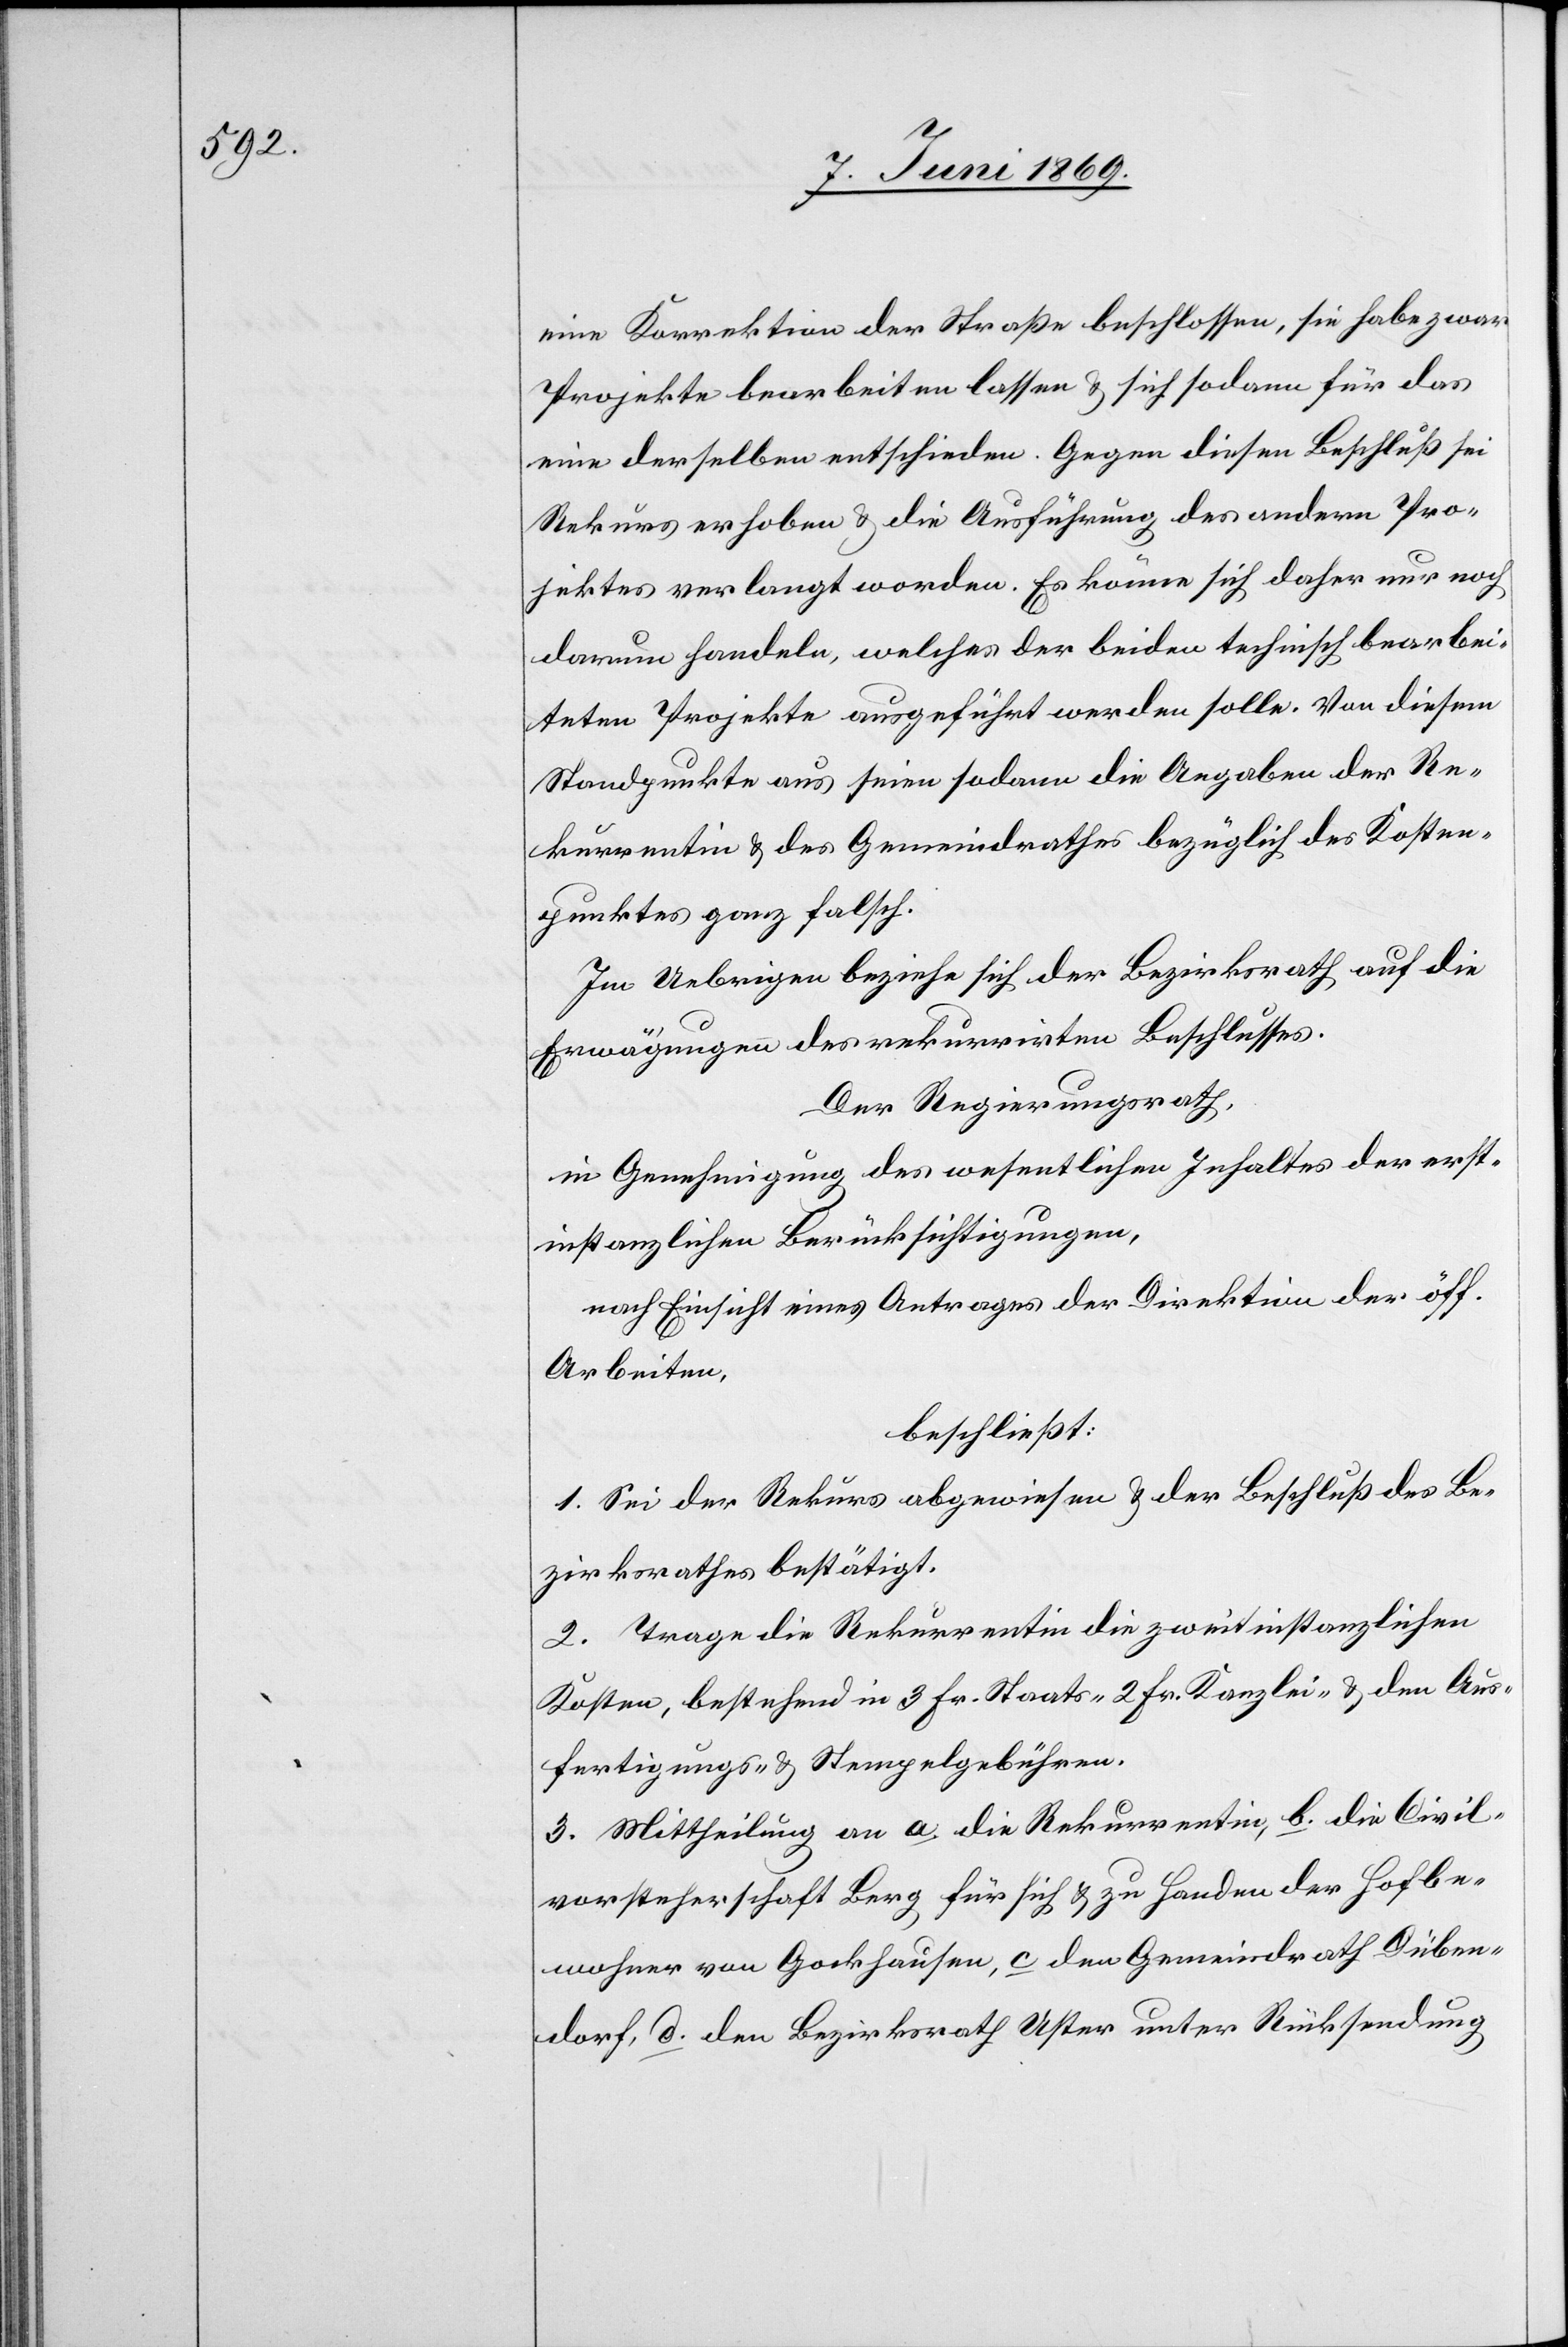
eine Korrektion der Straße beschlossen, sie habe zwar
Projekte bearbeiten lassen u. sich sodann für das
eine derselben entschieden. Gegen diesen Beschluß sei
Rekurs erhoben u. die Ausführung des andern Pro¬
jektes verlangt worden. Es könne sich daher nur noch
darum handeln, welches der beiden technisch bearbei¬
teten Projekte ausgeführt werden solle. Von diesem
Standpunkte aus seien sodann die Angaben der Re¬
kurrentin u. des Gemeindrathes bezüglich des Kosten¬
punktes ganz falsch.
Im Uebrigen beziehe sich der Bezirksrath auf die
Erwägungen des rekurrirten Beschlusses.
Der Regierungsrath,
in Genehmigung des wesentlichen Inhaltes der erst¬
instanzlichen Berücksichtigungen,
nach Einsicht eines Antrages der Direktion der öff.
Arbeiten,
beschließt:
1. Sei der Rekurs abgewiesen u. der Beschluß des Be¬
zirksrathes bestätigt.
2. Trage die Rekurrentin die zweitinstanzlichen
Kosten, bestehend in 3 Fr. Staats- 2 Fr. Kanzlei- u. den Aus¬
fertigungs- u. Stempelgebühren.
3. Mittheilung an a. die Rekurrentin, b. die Civil¬
vorsteherschaft Berg für sich u. zu Handen der Hofbe¬
wohner von Gockhausen, c. den Gemeindrath Düben¬
dorf, d. den Bezirksrath Uster unter Rücksendung